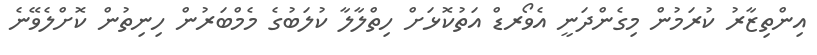
އިންތިޒާރު ކުރަމުން މިގެންދަނީ އެވޯރޑް އަތުކޮޅަށް ހިތްލާލާ ކުލަބުގެ މެމްބަރުން ހިނިތުން ކޮށްލެވޭނެ